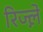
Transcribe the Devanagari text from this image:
रिज्ल़े